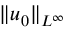
\| u _ { 0 } \| _ { L ^ { \infty } }